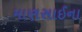
માણસાઈના